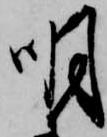
明